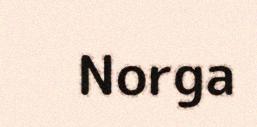
Norga